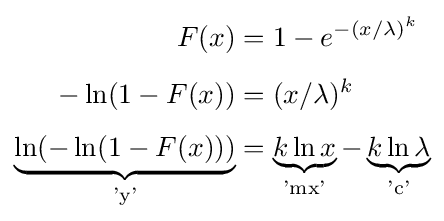
{\begin{aligned}F(x)&=1-e^{-(x/\lambda )^{k}}\\[4pt]-\ln(1-F(x))&=(x/\lambda )^{k}\\[4pt]\underbrace {\ln(-\ln(1-F(x)))} _{\textrm {'y'}}&=\underbrace {k\ln x} _{\textrm {'mx'}}-\underbrace {k\ln \lambda } _{\textrm {'c'}}\end{aligned}}